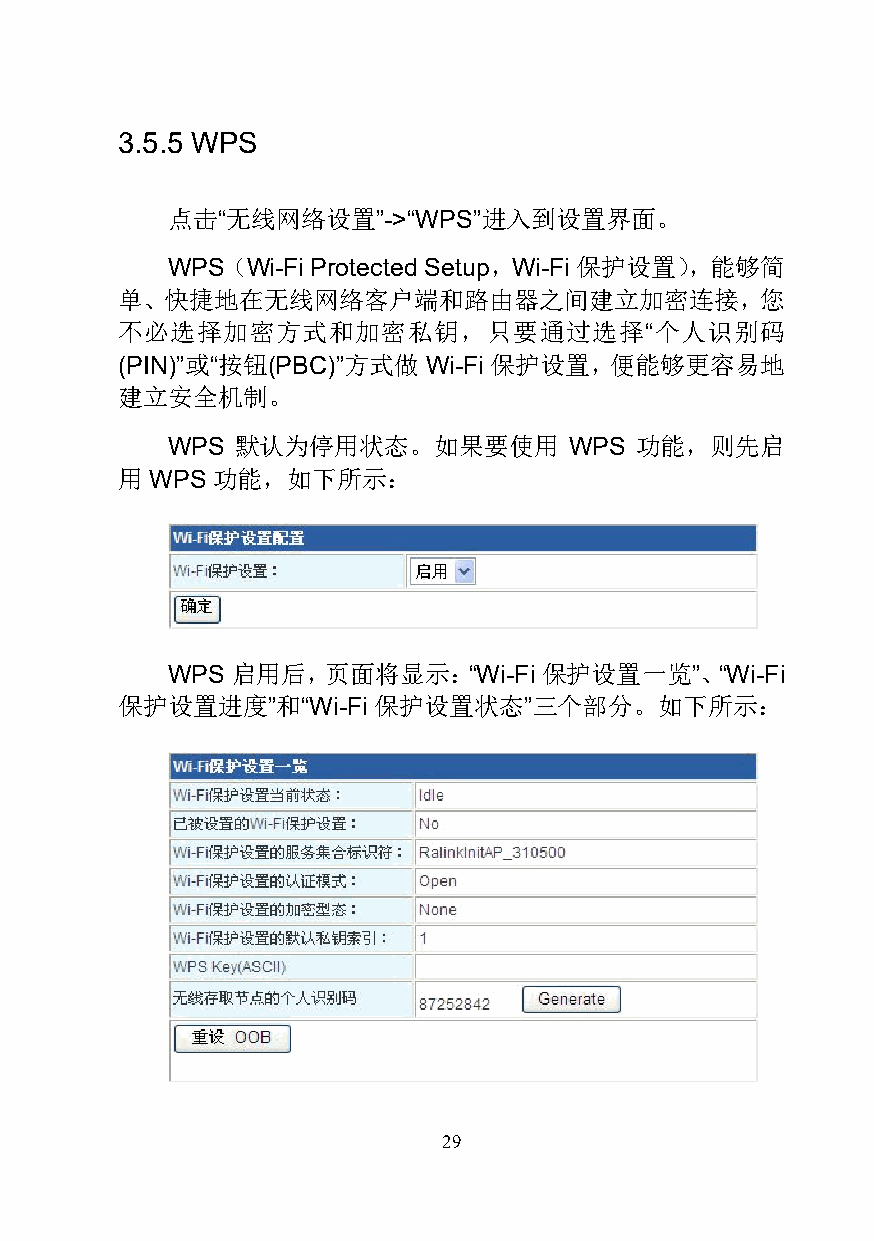
3.5.5 WPS
 点击“无线网络设置”->“WPS”进入到设置界面。
 WPS（Wi-Fi Protected Setup，Wi-Fi 保护设置），能够简
 单、快捷地在无线网络客户端和路由器之间建立加密连接，您
 不必选择加密方式和加密私钥，只要通过选择“个人识别码
 (PIN)”或“按钮(PBC)”方式做 Wi-Fi 保护设置，便能够更容易地
 建立安全机制。
 WPS  默认为停用状态。如果要使用         WPS 功能，则先启
 用 WPS 功能，如下所示：
 WPS 启用后，页面将显示：“Wi-Fi     保护设置一览”、“Wi-Fi
 保护设置进度”和“Wi-Fi   保护设置状态”三个部分。如下所示：
 29